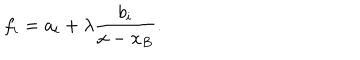
f _ { i } = a _ { i } + \lambda { \frac { b _ { i } } { x - x _ { B } } } .